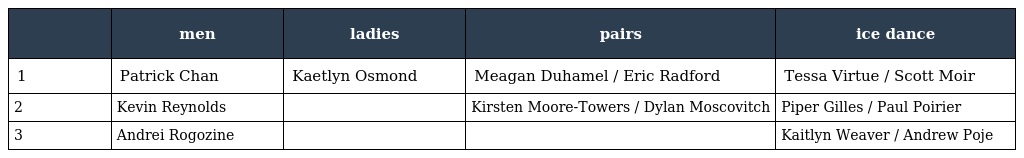
|  | men | ladies | pairs | ice dance |
 | --- | --- | --- | --- | --- |
 | 1 | Patrick Chan | Kaetlyn Osmond | Meagan Duhamel / Eric Radford | Tessa Virtue / Scott Moir |
 | 2 | Kevin Reynolds |  | Kirsten Moore-Towers / Dylan Moscovitch | Piper Gilles / Paul Poirier |
 | 3 | Andrei Rogozine |  |  | Kaitlyn Weaver / Andrew Poje |